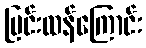
ပြင်းထန်ကြောင်း